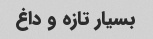
بسیار تازه و داغ